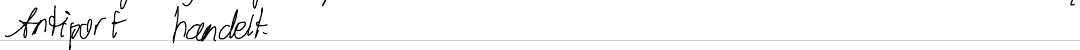
Antiport handelt.